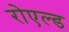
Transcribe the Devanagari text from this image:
रोएल्ड